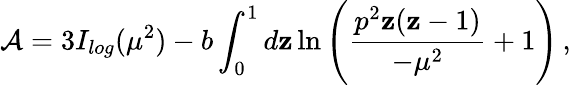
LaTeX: {\cal{A}}=3I_{log}(\mu^{2})-b\int_{0}^{1}d\mathbf{z}\ln\Bigg(\frac{{p^{2}\mathbf{z}(\mathbf{z}-1)}}{{-\mu^{2}}}+1\Bigg)\, ,